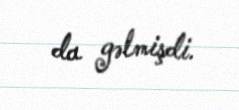
da gəlmişdi.